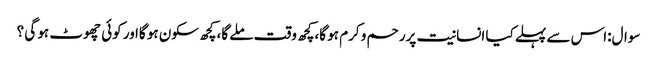
سوال:اس سے پہلے کیا انسانیت پررحم و کرم ہو گا،کچھ وقت ملے گا،کچھ سکون ہو گااور کوئی چھوٹ ہو گی ؟